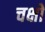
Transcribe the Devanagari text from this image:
चक्षो